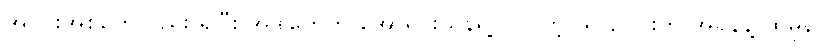
အပိုင်းအစတွေလည်း ရှိပြီး အဲဒါတွေက အော်ရိုင်းယန်ရဲ့ လူပါတဲ့ ယာဉ်ပိုင်းကို အရှိန်နဲ့ ထိမှန်